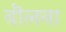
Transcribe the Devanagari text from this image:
बॊलना